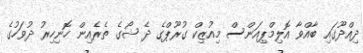
ދިއްދޫގައި ބާއްވާ އޮލިމްޕިއަންސް މިއުޒިކް ގުރޫޕްގެ ދެ ޝޯގެ ތެރެއިން ހޮނިހިރު ދުވަހުގެ